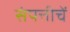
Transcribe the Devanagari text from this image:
संपत्तीचें